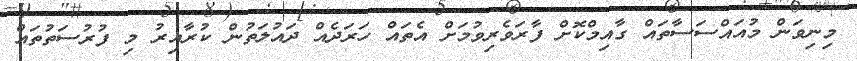
މިނިވަން މުއައްސަސާތައް ގާއިމްކޮށް ފާރަވެރިވުމަށް އެތައް ހަރަދެއް ދައުލަތުން ކުރާއިރު މި ފުރުސަތުތައް